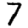
Digit: 7